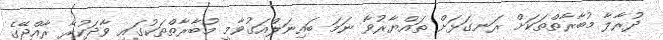
ދުރާލާ މުބާރާތްތަކަށް ރަނގަޅަށް ތައްޔާރުވާ ނަމަ ބައިނަލްއަގުވާމީ މުބާރާތްތަކުގައި ވާދަކުރާ ރާއްޖޭގެ